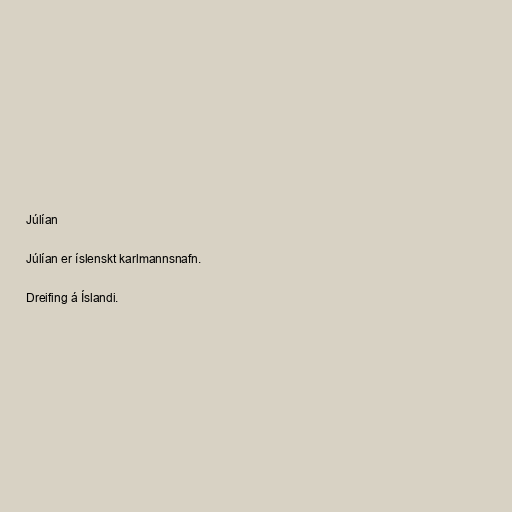
Júlían

Júlían er íslenskt karlmannsnafn.

Dreifing á Íslandi.